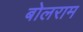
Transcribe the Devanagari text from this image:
बोलराम